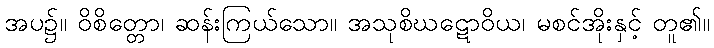
အပ၌။ ဝိစိတ္တော၊ ဆန်းကြယ်သော။ အသုစိဃဋောဝိယ၊ မစင်အိုးနှင့် တူ၏။